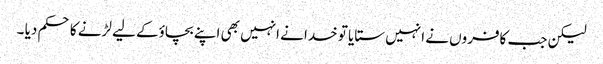
لیکن جب کافروں نے انہیں ستایا تو خدا نے انہیں بھی اپنے بچاؤکے لیے لڑنے کا حکم دیا ۔